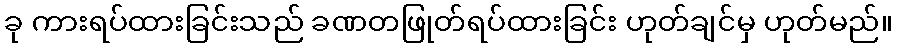
ခု ကားရပ်ထားခြင်းသည် ခဏတဖြုတ်ရပ်ထားခြင်း ဟုတ်ချင်မှ ဟုတ်မည်။